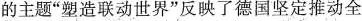
的主题”塑造联动世界”反映了德国坚定推动全